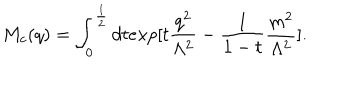
LaTeX: M _ { c } ( q ) = \int _ { 0 } ^ { \frac { 1 } { 2 } } d t e x p [ t \frac { q ^ { 2 } } { \Lambda ^ { 2 } } - \frac { 1 } { 1 - t } \frac { m ^ { 2 } } { \Lambda ^ { 2 } } ] .